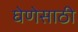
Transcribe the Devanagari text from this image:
घेणेसाठी